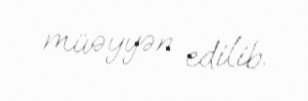
müəyyən edilib.